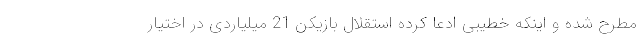
مطرح شده و اینکه خطیبی ادعا کرده استقلال بازیکن 21 میلیاردی در اختیار